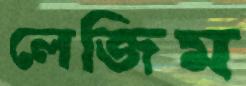
লেজিম